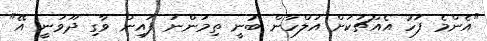
"އެންމެ ފަހު އެއްޗަކަށް އަލްހާން ބުނީ ތިމަންނަ ފައިން ވާގި ދޫވަނީ އޭ"